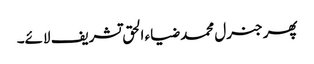
پھر جنرل محمد ضیاء الحق تشریف لائے۔